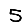
Digit: 5